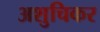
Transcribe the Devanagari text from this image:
अशुचिकर